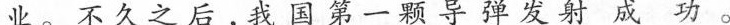
业。不久之后，我国第一颗导弹发射成功。